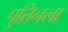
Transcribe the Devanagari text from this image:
पुतिनला